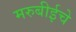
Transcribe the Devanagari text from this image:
मरुबीईचे